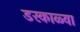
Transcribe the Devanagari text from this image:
डरकाळ्या